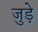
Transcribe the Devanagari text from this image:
जुड़े़